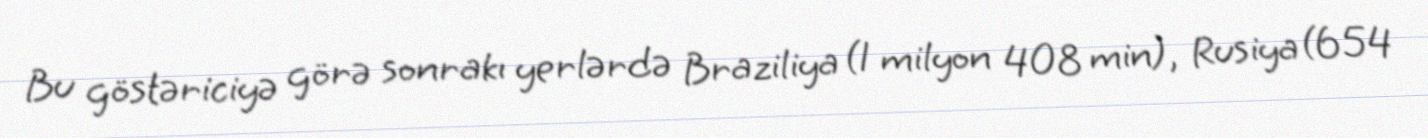
Bu göstəriciyə görə sonrakı yerlərdə Braziliya (1 milyon 408 min), Rusiya (654